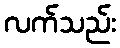
လက်သည်း